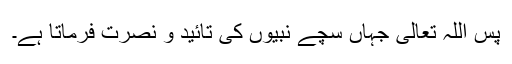
پس اللہ تعالیٰ جہاں سچے نبیوں کی تائید و نصرت فرماتا ہے۔